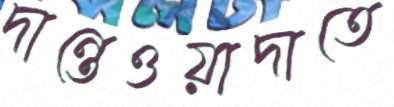
দান্তেওয়াদাতে